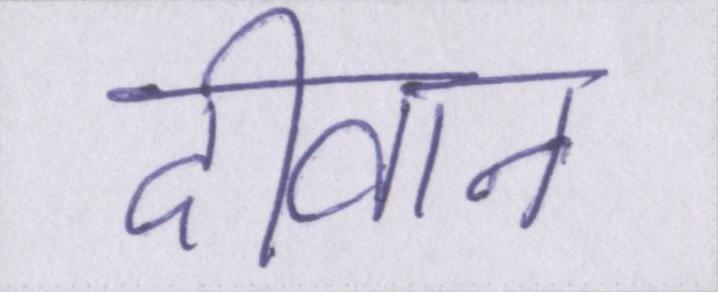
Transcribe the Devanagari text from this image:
दीवान